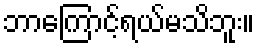
ဘာကြောင့်ရယ်မသိဘူး။